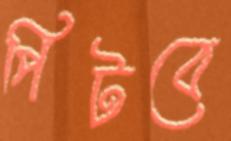
পিটবে